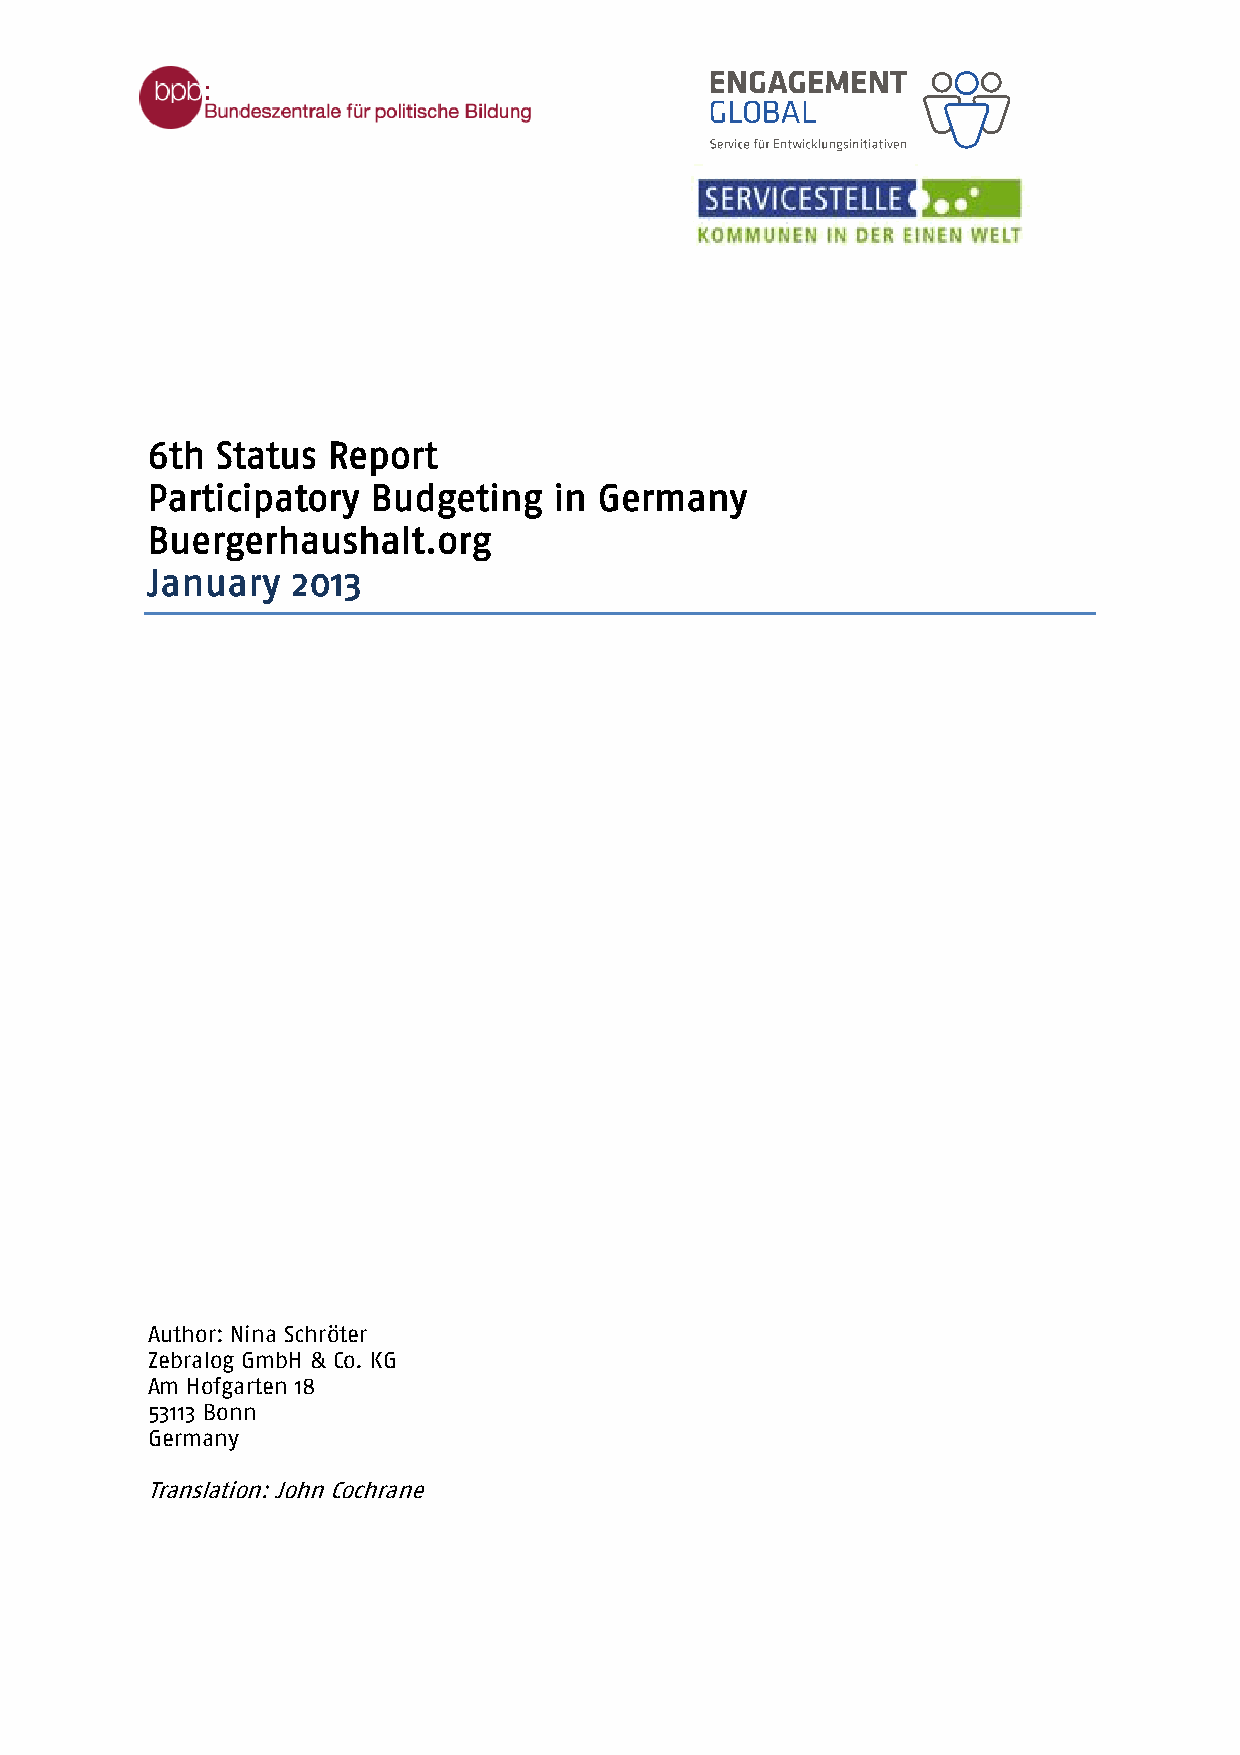
6th Status  Report
 Participatory  Budgeting   in Germany
 Buergerhaushalt.org
 January  2013
 Author: Nina Schröter
 Zebralog GmbH & Co. KG
 Am Hofgarten 18
 53113 Bonn
 Germany
 Translation: John Cochrane